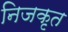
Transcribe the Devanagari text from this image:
निजकृत